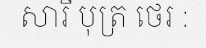
សារី បុត្រ ថេរ :